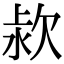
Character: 𣢻